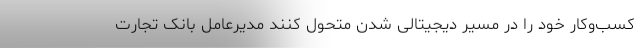
کسب‌و‌کار خود را در مسیر دیجیتالی شدن متحول کنند مدیرعامل بانک تجارت